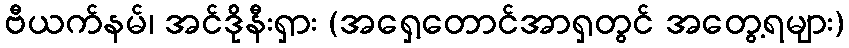
ဗီယက်နမ်၊ အင်ဒိုနီးရှား (အရှေ့တောင်အာရှတွင် အတွေ့ရများ)